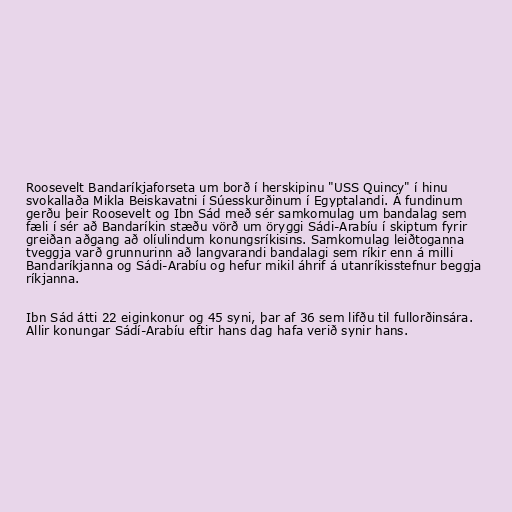
Roosevelt Bandaríkjaforseta um borð í herskipinu "USS Quincy" í hinu
svokallaða Mikla Beiskavatni í Súesskurðinum í Egyptalandi. Á fundinum
gerðu þeir Roosevelt og Ibn Sád með sér samkomulag um bandalag sem
fæli í sér að Bandaríkin stæðu vörð um öryggi Sádi-Arabíu í skiptum fyrir
greiðan aðgang að olíulindum konungsríkisins. Samkomulag leiðtoganna
tveggja varð grunnurinn að langvarandi bandalagi sem ríkir enn á milli
Bandaríkjanna og Sádi-Arabíu og hefur mikil áhrif á utanríkisstefnur beggja
ríkjanna.

Ibn Sád átti 22 eiginkonur og 45 syni, þar af 36 sem lifðu til fullorðinsára.
Allir konungar Sádí-Arabíu eftir hans dag hafa verið synir hans.